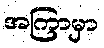
အကြာမှာ